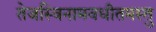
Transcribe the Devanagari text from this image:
तेजस्विनामवधीतमस्तु